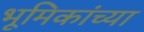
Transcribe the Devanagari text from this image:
भूमिकांच्या